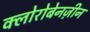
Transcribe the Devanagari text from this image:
क्लोरोबेनज़ीन